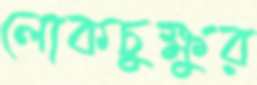
লোকচুক্ষুর